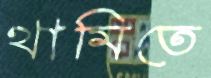
থামিতে